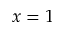
x = 1